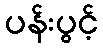
ပန်းပွင့်